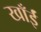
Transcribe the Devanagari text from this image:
खाँईं